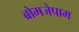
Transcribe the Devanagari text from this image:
ब्रोमजेपाम